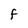
Character: F